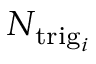
N _ { { \mathrm { t r i g } _ { i } } }